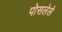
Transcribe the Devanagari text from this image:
पोसलेले